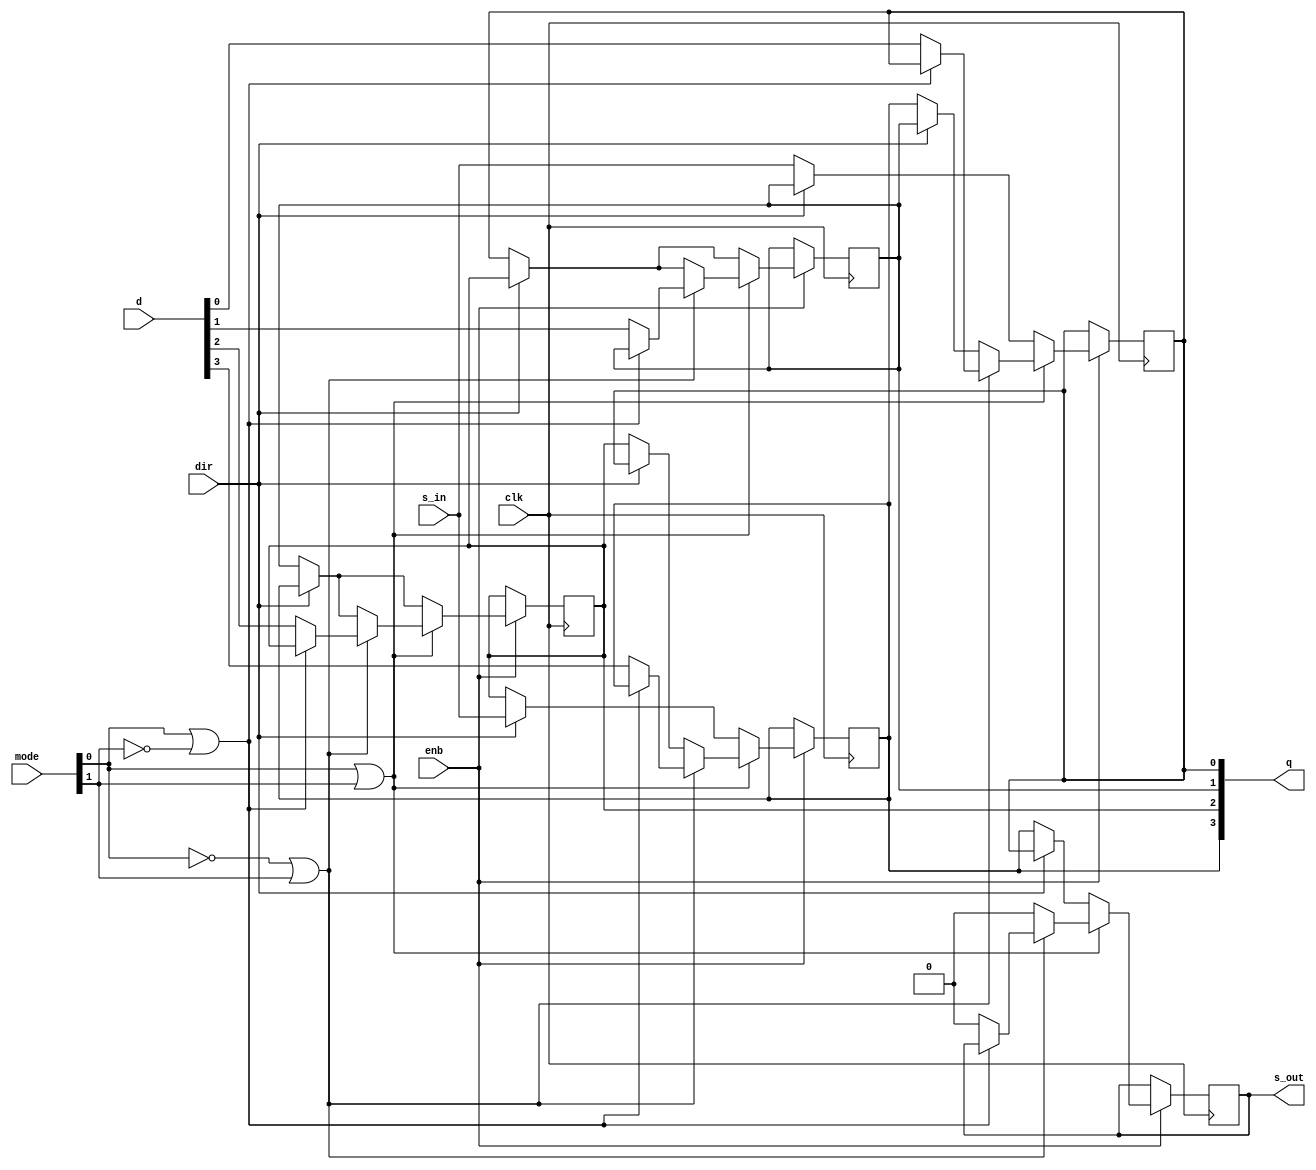
/* Generated by Yosys 0.7 (git sha1 61f6811, i686-w64-mingw32.static-gcc 4.9.3 -Os) */

(* top =  1  *)
(* src = "Conductual.v:1" *)
module Conductual(q, s_out, clk, enb, dir, s_in, mode, d);
  (* src = "Conductual.v:7" *)
  wire [3:0] _00_;
  (* src = "Conductual.v:7" *)
  wire _01_;
  wire _02_;
  wire [1:0] _03_;
  wire [1:0] _04_;
  wire _05_;
  wire _06_;
  wire _07_;
  wire _08_;
  wire _09_;
  wire _10_;
  wire [3:0] _11_;
  wire [3:0] _12_;
  wire [3:0] _13_;
  wire [3:0] _14_;
  wire [3:0] _15_;
  (* src = "Conductual.v:2" *)
  input clk;
  (* src = "Conductual.v:4" *)
  input [3:0] d;
  (* src = "Conductual.v:2" *)
  input dir;
  (* src = "Conductual.v:2" *)
  input enb;
  (* src = "Conductual.v:3" *)
  input [1:0] mode;
  (* src = "Conductual.v:5" *)
  output [3:0] q;
  reg [3:0] q;
  (* src = "Conductual.v:2" *)
  input s_in;
  (* src = "Conductual.v:6" *)
  output s_out;
  reg s_out;
  assign _05_ = _03_[0] |(* src = "Conductual.v:24" *)  mode[1];
  assign _06_ = mode[0] |(* src = "Conductual.v:37" *)  _04_[1];
  assign _02_ = mode[0] |(* src = "Conductual.v:11" *)  mode[1];
  assign _07_ = _06_ ? (* src = "Conductual.v:37" *) s_out : 1'b0;
  assign _08_ = _05_ ? (* src = "Conductual.v:24" *) _07_ : 1'b0;
  assign _09_ = dir ? (* src = "Conductual.v:13" *) q[0] : q[3];
  assign _10_ = _02_ ? (* src = "Conductual.v:11" *) _08_ : _09_;
  assign _01_ = enb ? (* src = "Conductual.v:9" *) _10_ : s_out;
  assign _11_[0] = _06_ ? (* src = "Conductual.v:37" *) q[0] : d[0];
  assign _11_[1] = _06_ ? (* src = "Conductual.v:37" *) q[1] : d[1];
  assign _11_[2] = _06_ ? (* src = "Conductual.v:37" *) q[2] : d[2];
  assign _11_[3] = _06_ ? (* src = "Conductual.v:37" *) q[3] : d[3];
  assign _12_[0] = dir ? (* src = "Conductual.v:26" *) q[1] : q[3];
  assign _12_[3] = dir ? (* src = "Conductual.v:26" *) q[0] : q[2];
  assign _13_[0] = _05_ ? (* src = "Conductual.v:24" *) _11_[0] : _12_[0];
  assign _13_[1] = _05_ ? (* src = "Conductual.v:24" *) _11_[1] : _12_[1];
  assign _13_[2] = _05_ ? (* src = "Conductual.v:24" *) _11_[2] : _12_[2];
  assign _13_[3] = _05_ ? (* src = "Conductual.v:24" *) _11_[3] : _12_[3];
  assign _14_[0] = dir ? (* src = "Conductual.v:13" *) q[1] : s_in;
  assign _12_[1] = dir ? (* src = "Conductual.v:13" *) q[2] : q[0];
  assign _12_[2] = dir ? (* src = "Conductual.v:13" *) q[3] : q[1];
  assign _14_[3] = dir ? (* src = "Conductual.v:13" *) s_in : q[2];
  assign _15_[0] = _02_ ? (* src = "Conductual.v:11" *) _13_[0] : _14_[0];
  assign _15_[1] = _02_ ? (* src = "Conductual.v:11" *) _13_[1] : _12_[1];
  assign _15_[2] = _02_ ? (* src = "Conductual.v:11" *) _13_[2] : _12_[2];
  assign _15_[3] = _02_ ? (* src = "Conductual.v:11" *) _13_[3] : _14_[3];
  assign _00_[0] = enb ? (* src = "Conductual.v:9" *) _15_[0] : q[0];
  assign _00_[1] = enb ? (* src = "Conductual.v:9" *) _15_[1] : q[1];
  assign _00_[2] = enb ? (* src = "Conductual.v:9" *) _15_[2] : q[2];
  assign _00_[3] = enb ? (* src = "Conductual.v:9" *) _15_[3] : q[3];
  (* src = "Conductual.v:7" *)
  always @(posedge clk)
      q[0] <= _00_[0];
  (* src = "Conductual.v:7" *)
  always @(posedge clk)
      q[1] <= _00_[1];
  (* src = "Conductual.v:7" *)
  always @(posedge clk)
      q[2] <= _00_[2];
  (* src = "Conductual.v:7" *)
  always @(posedge clk)
      q[3] <= _00_[3];
  (* src = "Conductual.v:7" *)
  always @(posedge clk)
      s_out <= _01_;
  assign _03_[0] = mode[0] ^(* src = "Conductual.v:24" *)  1'b1;
  assign _04_[1] = mode[1] ^(* src = "Conductual.v:37" *)  1'b1;
endmodule